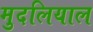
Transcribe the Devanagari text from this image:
मुदलियाल